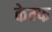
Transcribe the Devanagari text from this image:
केम्फ